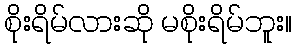
စိုးရိမ်လားဆို မစိုးရိမ်ဘူး။